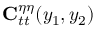
{ \bf C } _ { t t } ^ { \eta \eta } ( y _ { 1 } , y _ { 2 } )